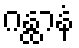
ဂန္ထာနံ